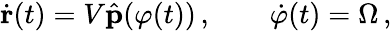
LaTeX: \dot{\mathbf{r}}(t)=V\hat{\mathbf{p}}(\varphi(t))\, ,\qquad\dot{\varphi}(t)=\Omega\, ,